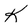
Character: K